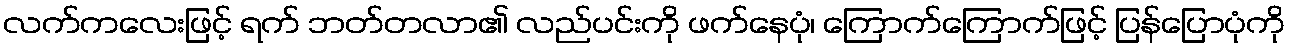
လက်ကလေးဖြင့် ရက် ဘတ်တလာ၏ လည်ပင်းကို ဖက်နေပုံ၊ ကြောက်ကြောက်ဖြင့် ပြန်ပြောပုံကို